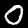
Digit: 0